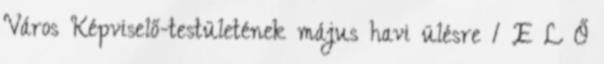
Város Képviselő-testületének május havi ülésre 1 E L Ő